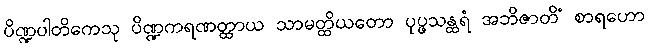
ပိဏ္ဍပါတိကေသု ပိဏ္ဍကရဏတ္ထာယ သာမတ္ထိယတော ပုပ္ဖသန္ထရံ အဘိဇာတိံ စာရဟော